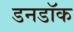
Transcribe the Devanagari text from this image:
डनडॉक